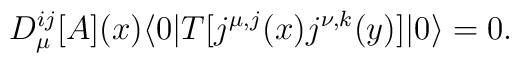
D_{\mu}^{ij}[A](x)\langle 0|T[j^{\mu ,j}(x)j^{\nu ,k}(y)]|0 \rangle=0.